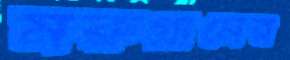
মরুগ্রামের